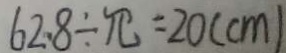
6 2 . 8 \div \pi = 2 0 ( c m )